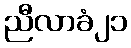
ညီလာခံ၂၁